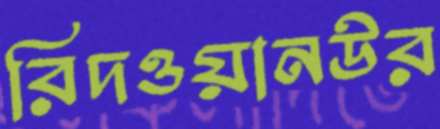
রিদওয়ানউর